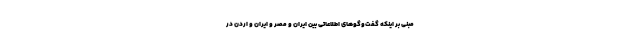
مبنی بر اینکه گفت‌وگوهای اطلاعاتی بین ایران و مصر و ایران و اردن در